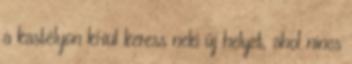
a kastélyon kívül keress neki új helyet, ahol nincs